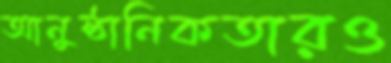
আনুষ্ঠানিকতারও